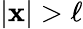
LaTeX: |\mathbf{x}|>\ell